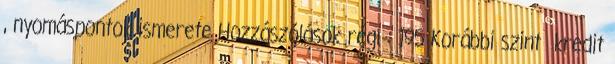
, nyomáspontok ismerete Hozzászólások régi : 195 Korábbi szint kredit